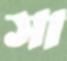
সা